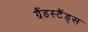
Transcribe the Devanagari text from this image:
ग्रैंडस्टैंड्स